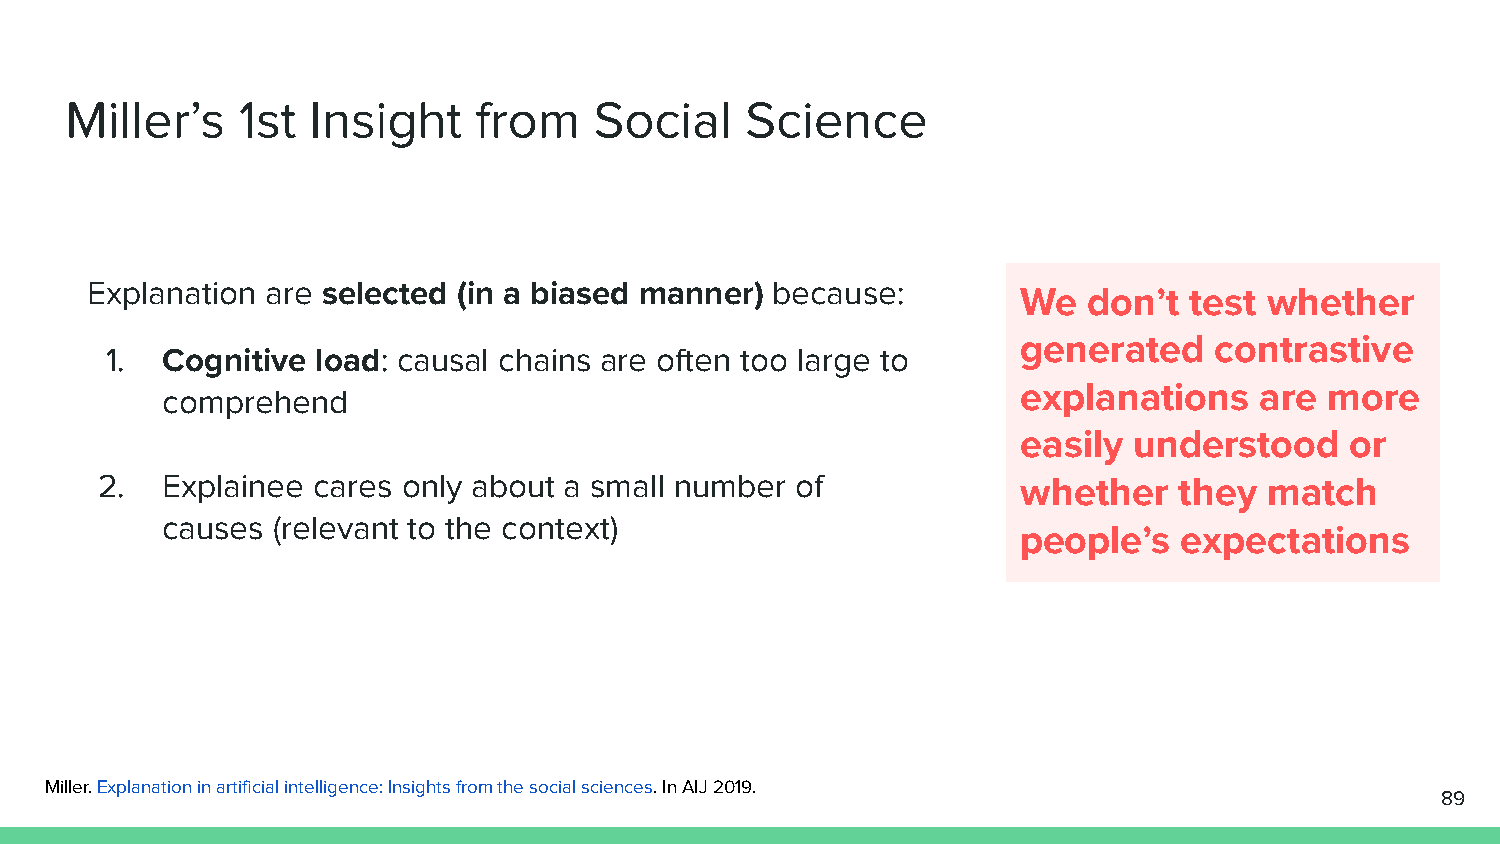
Miller’s    1st  Insight   from    Social    Science
 Explanation are selected (in a biased manner) because:
 We  don’t  test whether
 generated   contrastive
 1.  Cognitive load: causal chains are often too large to
 explanations   are  more
 comprehend
 easily understood    or
 2.   Explainee cares only about a small number of             whether   they  match
 causes (relevant to the context)
 people’s  expectations
 Miller. Explanation in artificial intelligence: Insights from the social sciences. In AIJ 2019.
 89